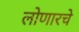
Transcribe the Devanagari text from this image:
लोणारचे